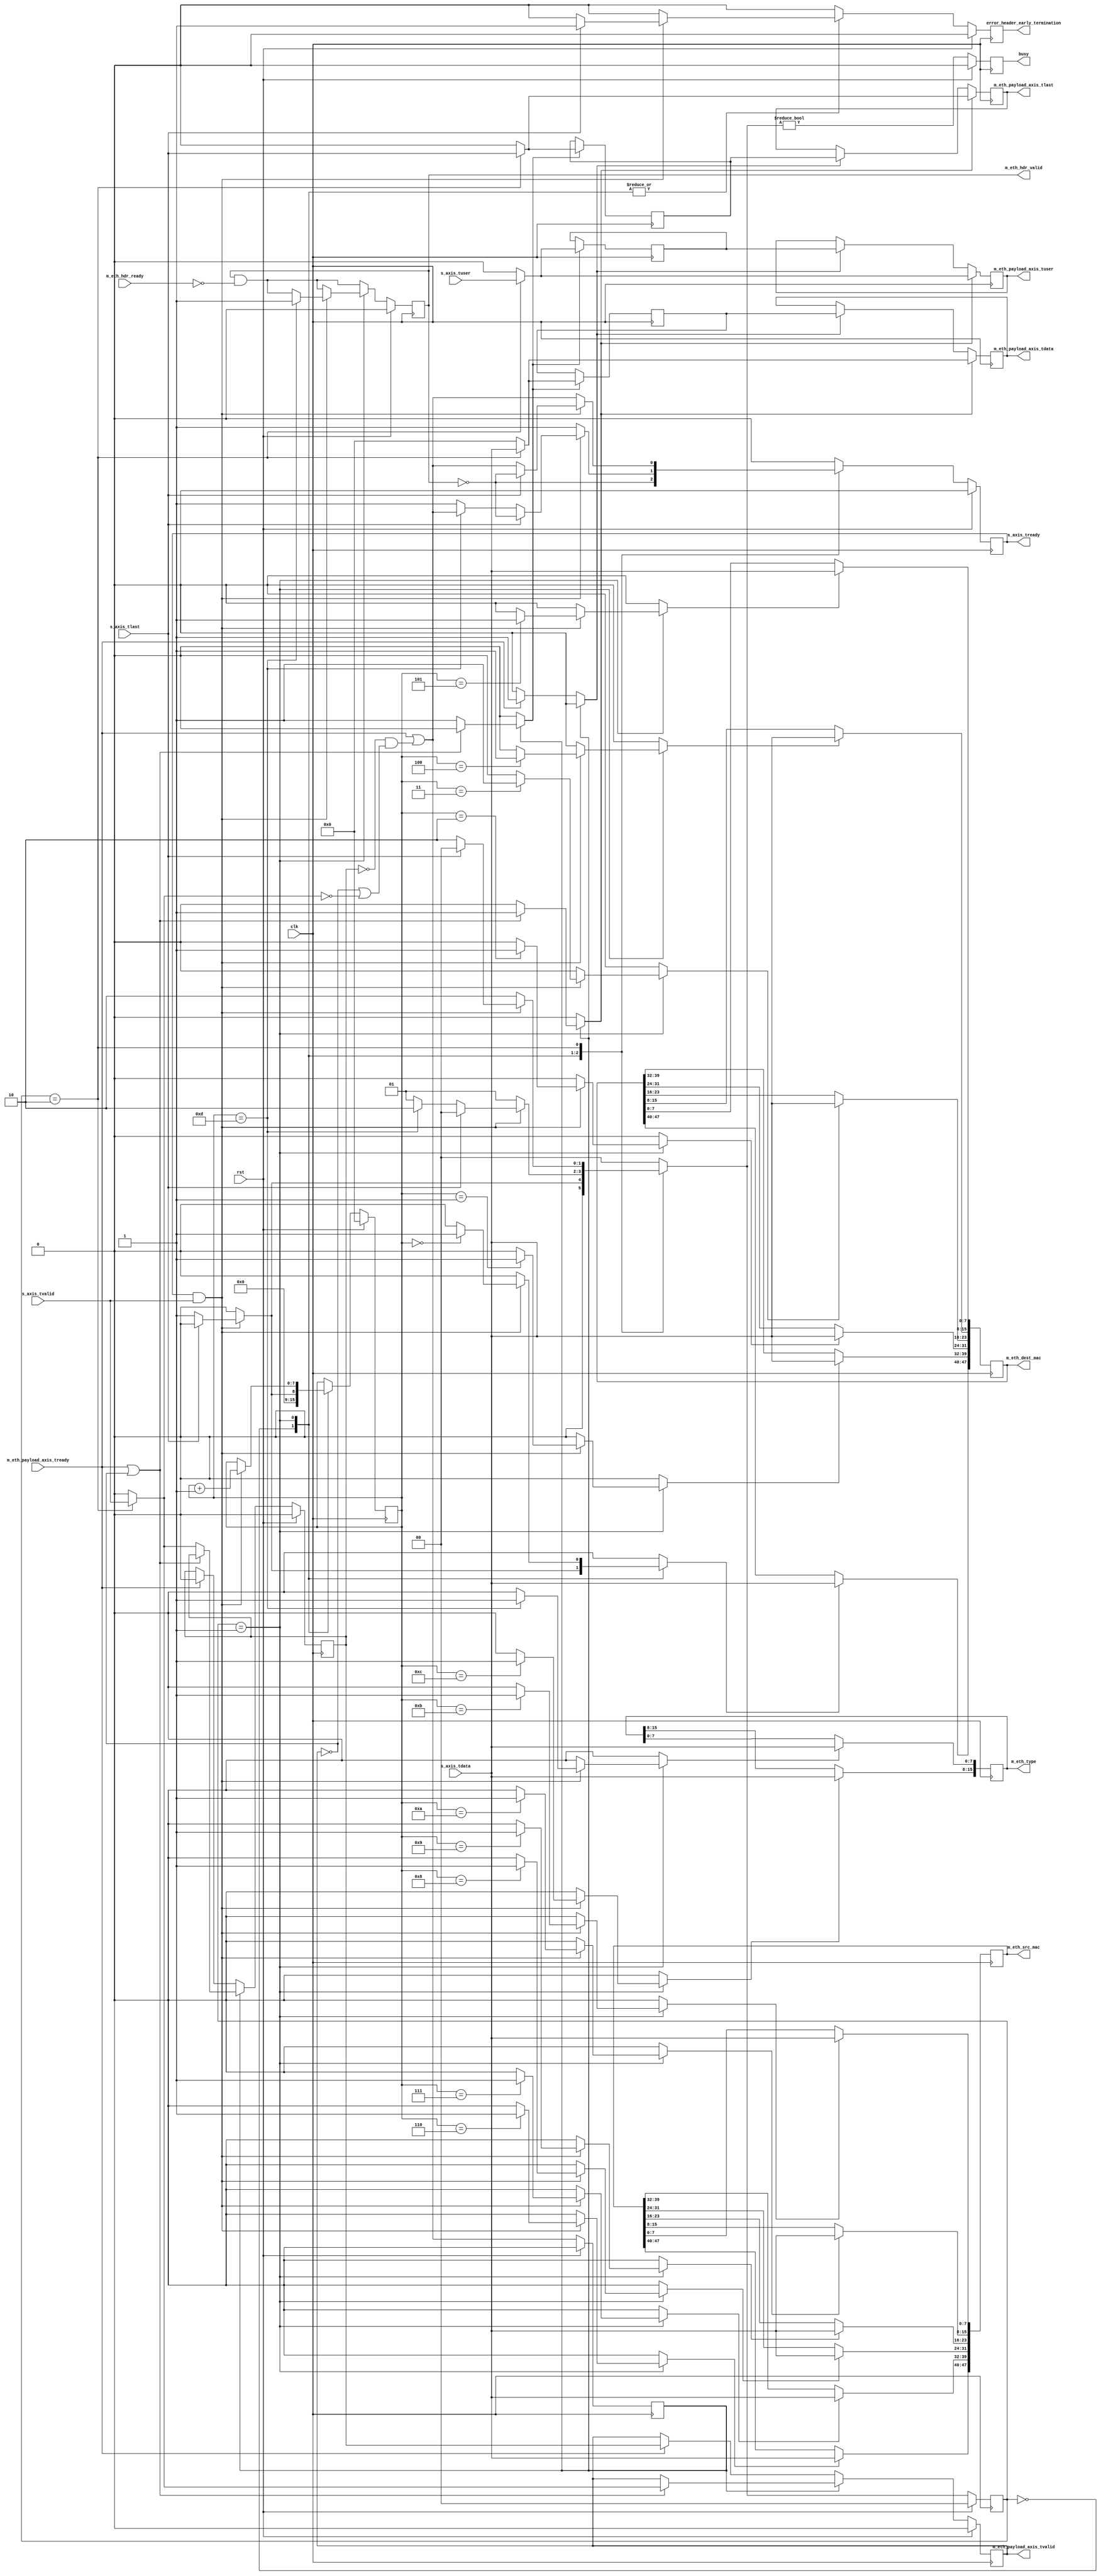
/*

Copyright (c) 2014-2018 Alex Forencich

Permission is hereby granted, free of charge, to any person obtaining a copy
of this software and associated documentation files (the "Software"), to deal
in the Software without restriction, including without limitation the rights
to use, copy, modify, merge, publish, distribute, sublicense, and/or sell
copies of the Software, and to permit persons to whom the Software is
furnished to do so, subject to the following conditions:

The above copyright notice and this permission notice shall be included in
all copies or substantial portions of the Software.

THE SOFTWARE IS PROVIDED "AS IS", WITHOUT WARRANTY OF ANY KIND, EXPRESS OR
IMPLIED, INCLUDING BUT NOT LIMITED TO THE WARRANTIES OF MERCHANTABILITY
FITNESS FOR A PARTICULAR PURPOSE AND NONINFRINGEMENT. IN NO EVENT SHALL THE
AUTHORS OR COPYRIGHT HOLDERS BE LIABLE FOR ANY CLAIM, DAMAGES OR OTHER
LIABILITY, WHETHER IN AN ACTION OF CONTRACT, TORT OR OTHERWISE, ARISING FROM,
OUT OF OR IN CONNECTION WITH THE SOFTWARE OR THE USE OR OTHER DEALINGS IN
THE SOFTWARE.

*/

// Language: Verilog 2001

`timescale 1ns / 1ps

/*
 * AXI4-Stream ethernet frame receiver (AXI in, Ethernet frame out)
 */
module eth_axis_rx
(
    input  wire        clk,
    input  wire        rst,

    /*
     * AXI input
     */
    input  wire [7:0]  s_axis_tdata,
    input  wire        s_axis_tvalid,
    output wire        s_axis_tready,
    input  wire        s_axis_tlast,
    input  wire        s_axis_tuser,

    /*
     * Ethernet frame output
     */
    output wire        m_eth_hdr_valid,
    input  wire        m_eth_hdr_ready,
    output wire [47:0] m_eth_dest_mac,
    output wire [47:0] m_eth_src_mac,
    output wire [15:0] m_eth_type,
    output wire [7:0]  m_eth_payload_axis_tdata,
    output wire        m_eth_payload_axis_tvalid,
    input  wire        m_eth_payload_axis_tready,
    output wire        m_eth_payload_axis_tlast,
    output wire        m_eth_payload_axis_tuser,

    /*
     * Status signals
     */
    output wire        busy,
    output wire        error_header_early_termination
);

/*

Ethernet frame

 Field                       Length
 Destination MAC address     6 octets
 Source MAC address          6 octets
 Ethertype                   2 octets

This module receives an Ethernet frame on an AXI stream interface, decodes
and strips the headers, then produces the header fields in parallel along
with the payload in a separate AXI stream.

*/

localparam [1:0]
    STATE_IDLE = 2'd0,
    STATE_READ_HEADER = 2'd1,
    STATE_READ_PAYLOAD = 2'd2;

reg [1:0] state_reg = STATE_IDLE, state_next;

// datapath control signals
reg store_eth_dest_mac_0;
reg store_eth_dest_mac_1;
reg store_eth_dest_mac_2;
reg store_eth_dest_mac_3;
reg store_eth_dest_mac_4;
reg store_eth_dest_mac_5;
reg store_eth_src_mac_0;
reg store_eth_src_mac_1;
reg store_eth_src_mac_2;
reg store_eth_src_mac_3;
reg store_eth_src_mac_4;
reg store_eth_src_mac_5;
reg store_eth_type_0;
reg store_eth_type_1;

reg [7:0] frame_ptr_reg = 8'd0, frame_ptr_next;

reg s_axis_tready_reg = 1'b0, s_axis_tready_next;

reg m_eth_hdr_valid_reg = 1'b0, m_eth_hdr_valid_next;
reg [47:0] m_eth_dest_mac_reg = 48'd0;
reg [47:0] m_eth_src_mac_reg = 48'd0;
reg [15:0] m_eth_type_reg = 16'd0;

reg busy_reg = 1'b0;
reg error_header_early_termination_reg = 1'b0, error_header_early_termination_next;

// internal datapath
reg [7:0] m_eth_payload_axis_tdata_int;
reg       m_eth_payload_axis_tvalid_int;
reg       m_eth_payload_axis_tready_int_reg = 1'b0;
reg       m_eth_payload_axis_tlast_int;
reg       m_eth_payload_axis_tuser_int;
wire      m_eth_payload_axis_tready_int_early;

assign s_axis_tready = s_axis_tready_reg;

assign m_eth_hdr_valid = m_eth_hdr_valid_reg;
assign m_eth_dest_mac = m_eth_dest_mac_reg;
assign m_eth_src_mac = m_eth_src_mac_reg;
assign m_eth_type = m_eth_type_reg;

assign busy = busy_reg;
assign error_header_early_termination = error_header_early_termination_reg;

always @* begin
    state_next = STATE_IDLE;

    s_axis_tready_next = 1'b0;

    store_eth_dest_mac_0 = 1'b0;
    store_eth_dest_mac_1 = 1'b0;
    store_eth_dest_mac_2 = 1'b0;
    store_eth_dest_mac_3 = 1'b0;
    store_eth_dest_mac_4 = 1'b0;
    store_eth_dest_mac_5 = 1'b0;
    store_eth_src_mac_0 = 1'b0;
    store_eth_src_mac_1 = 1'b0;
    store_eth_src_mac_2 = 1'b0;
    store_eth_src_mac_3 = 1'b0;
    store_eth_src_mac_4 = 1'b0;
    store_eth_src_mac_5 = 1'b0;
    store_eth_type_0 = 1'b0;
    store_eth_type_1 = 1'b0;

    frame_ptr_next = frame_ptr_reg;

    m_eth_hdr_valid_next = m_eth_hdr_valid_reg && !m_eth_hdr_ready;

    error_header_early_termination_next = 1'b0;

    m_eth_payload_axis_tdata_int = 8'd0;
    m_eth_payload_axis_tvalid_int = 1'b0;
    m_eth_payload_axis_tlast_int = 1'b0;
    m_eth_payload_axis_tuser_int = 1'b0;

    case (state_reg)
        STATE_IDLE: begin
            // idle state - wait for data
            frame_ptr_next = 8'd0;
            s_axis_tready_next = !m_eth_hdr_valid_reg;

            if (s_axis_tready && s_axis_tvalid) begin
                // got first word of packet
                if (s_axis_tlast) begin
                    // tlast asserted on first word
                    error_header_early_termination_next = 1'b1;
                    state_next = STATE_IDLE;
                end else begin
                    // move to read header state
                    frame_ptr_next = 1'b1;
                    store_eth_dest_mac_5 = 1'b1;
                    state_next = STATE_READ_HEADER;
                end
            end else begin
                state_next = STATE_IDLE;
            end
        end
        STATE_READ_HEADER: begin
            // read header
            s_axis_tready_next = 1'b1;

            if (s_axis_tready && s_axis_tvalid) begin
                // word transfer in - store it
                frame_ptr_next = frame_ptr_reg + 8'd1;
                state_next = STATE_READ_HEADER;
                case (frame_ptr_reg)
                    8'h00: store_eth_dest_mac_5 = 1'b1;
                    8'h01: store_eth_dest_mac_4 = 1'b1;
                    8'h02: store_eth_dest_mac_3 = 1'b1;
                    8'h03: store_eth_dest_mac_2 = 1'b1;
                    8'h04: store_eth_dest_mac_1 = 1'b1;
                    8'h05: store_eth_dest_mac_0 = 1'b1;
                    8'h06: store_eth_src_mac_5 = 1'b1;
                    8'h07: store_eth_src_mac_4 = 1'b1;
                    8'h08: store_eth_src_mac_3 = 1'b1;
                    8'h09: store_eth_src_mac_2 = 1'b1;
                    8'h0A: store_eth_src_mac_1 = 1'b1;
                    8'h0B: store_eth_src_mac_0 = 1'b1;
                    8'h0C: store_eth_type_1 = 1'b1;
                    8'h0D: begin
                        store_eth_type_0 = 1'b1;
                        m_eth_hdr_valid_next = 1'b1;
                        s_axis_tready_next = m_eth_payload_axis_tready_int_early;
                        state_next = STATE_READ_PAYLOAD;
                    end
                endcase
                if (s_axis_tlast) begin
                    error_header_early_termination_next = 1'b1;
                    s_axis_tready_next = !m_eth_hdr_valid_reg;
                    state_next = STATE_IDLE;
                end
            end else begin
                state_next = STATE_READ_HEADER;
            end
        end
        STATE_READ_PAYLOAD: begin
            // read payload
            s_axis_tready_next = m_eth_payload_axis_tready_int_early;

            m_eth_payload_axis_tdata_int = s_axis_tdata;
            m_eth_payload_axis_tvalid_int = s_axis_tvalid;
            m_eth_payload_axis_tlast_int = s_axis_tlast;
            m_eth_payload_axis_tuser_int = s_axis_tuser;

            if (s_axis_tready && s_axis_tvalid) begin
                // word transfer through
                if (s_axis_tlast) begin
                    s_axis_tready_next = !m_eth_hdr_valid_reg;
                    state_next = STATE_IDLE;
                end else begin
                    state_next = STATE_READ_PAYLOAD;
                end
            end else begin
                state_next = STATE_READ_PAYLOAD;
            end
        end
    endcase
end

always @(posedge clk) begin
    if (rst) begin
        state_reg <= STATE_IDLE;
        frame_ptr_reg <= 8'd0;
        s_axis_tready_reg <= 1'b0;
        m_eth_hdr_valid_reg <= 1'b0;
        busy_reg <= 1'b0;
        error_header_early_termination_reg <= 1'b0;
    end else begin
        state_reg <= state_next;

        frame_ptr_reg <= frame_ptr_next;

        s_axis_tready_reg <= s_axis_tready_next;

        m_eth_hdr_valid_reg <= m_eth_hdr_valid_next;

        error_header_early_termination_reg <= error_header_early_termination_next;

        busy_reg <= state_next != STATE_IDLE;
    end

    // datapath
    if (store_eth_dest_mac_0) m_eth_dest_mac_reg[ 7: 0] <= s_axis_tdata;
    if (store_eth_dest_mac_1) m_eth_dest_mac_reg[15: 8] <= s_axis_tdata;
    if (store_eth_dest_mac_2) m_eth_dest_mac_reg[23:16] <= s_axis_tdata;
    if (store_eth_dest_mac_3) m_eth_dest_mac_reg[31:24] <= s_axis_tdata;
    if (store_eth_dest_mac_4) m_eth_dest_mac_reg[39:32] <= s_axis_tdata;
    if (store_eth_dest_mac_5) m_eth_dest_mac_reg[47:40] <= s_axis_tdata;
    if (store_eth_src_mac_0) m_eth_src_mac_reg[ 7: 0] <= s_axis_tdata;
    if (store_eth_src_mac_1) m_eth_src_mac_reg[15: 8] <= s_axis_tdata;
    if (store_eth_src_mac_2) m_eth_src_mac_reg[23:16] <= s_axis_tdata;
    if (store_eth_src_mac_3) m_eth_src_mac_reg[31:24] <= s_axis_tdata;
    if (store_eth_src_mac_4) m_eth_src_mac_reg[39:32] <= s_axis_tdata;
    if (store_eth_src_mac_5) m_eth_src_mac_reg[47:40] <= s_axis_tdata;
    if (store_eth_type_0) m_eth_type_reg[ 7: 0] <= s_axis_tdata;
    if (store_eth_type_1) m_eth_type_reg[15: 8] <= s_axis_tdata;
end

// output datapath logic
reg [7:0] m_eth_payload_axis_tdata_reg = 8'd0;
reg       m_eth_payload_axis_tvalid_reg = 1'b0, m_eth_payload_axis_tvalid_next;
reg       m_eth_payload_axis_tlast_reg = 1'b0;
reg       m_eth_payload_axis_tuser_reg = 1'b0;

reg [7:0] temp_m_eth_payload_axis_tdata_reg = 8'd0;
reg       temp_m_eth_payload_axis_tvalid_reg = 1'b0, temp_m_eth_payload_axis_tvalid_next;
reg       temp_m_eth_payload_axis_tlast_reg = 1'b0;
reg       temp_m_eth_payload_axis_tuser_reg = 1'b0;

// datapath control
reg store_eth_payload_int_to_output;
reg store_eth_payload_int_to_temp;
reg store_eth_payload_axis_temp_to_output;

assign m_eth_payload_axis_tdata = m_eth_payload_axis_tdata_reg;
assign m_eth_payload_axis_tvalid = m_eth_payload_axis_tvalid_reg;
assign m_eth_payload_axis_tlast = m_eth_payload_axis_tlast_reg;
assign m_eth_payload_axis_tuser = m_eth_payload_axis_tuser_reg;

// enable ready input next cycle if output is ready or the temp reg will not be filled on the next cycle (output reg empty or no input)
assign m_eth_payload_axis_tready_int_early = m_eth_payload_axis_tready || (!temp_m_eth_payload_axis_tvalid_reg && (!m_eth_payload_axis_tvalid_reg || !m_eth_payload_axis_tvalid_int));

always @* begin
    // transfer sink ready state to source
    m_eth_payload_axis_tvalid_next = m_eth_payload_axis_tvalid_reg;
    temp_m_eth_payload_axis_tvalid_next = temp_m_eth_payload_axis_tvalid_reg;

    store_eth_payload_int_to_output = 1'b0;
    store_eth_payload_int_to_temp = 1'b0;
    store_eth_payload_axis_temp_to_output = 1'b0;
    
    if (m_eth_payload_axis_tready_int_reg) begin
        // input is ready
        if (m_eth_payload_axis_tready || !m_eth_payload_axis_tvalid_reg) begin
            // output is ready or currently not valid, transfer data to output
            m_eth_payload_axis_tvalid_next = m_eth_payload_axis_tvalid_int;
            store_eth_payload_int_to_output = 1'b1;
        end else begin
            // output is not ready, store input in temp
            temp_m_eth_payload_axis_tvalid_next = m_eth_payload_axis_tvalid_int;
            store_eth_payload_int_to_temp = 1'b1;
        end
    end else if (m_eth_payload_axis_tready) begin
        // input is not ready, but output is ready
        m_eth_payload_axis_tvalid_next = temp_m_eth_payload_axis_tvalid_reg;
        temp_m_eth_payload_axis_tvalid_next = 1'b0;
        store_eth_payload_axis_temp_to_output = 1'b1;
    end
end

always @(posedge clk) begin
    if (rst) begin
        m_eth_payload_axis_tvalid_reg <= 1'b0;
        m_eth_payload_axis_tready_int_reg <= 1'b0;
        temp_m_eth_payload_axis_tvalid_reg <= 1'b0;
    end else begin
        m_eth_payload_axis_tvalid_reg <= m_eth_payload_axis_tvalid_next;
        m_eth_payload_axis_tready_int_reg <= m_eth_payload_axis_tready_int_early;
        temp_m_eth_payload_axis_tvalid_reg <= temp_m_eth_payload_axis_tvalid_next;
    end

    // datapath
    if (store_eth_payload_int_to_output) begin
        m_eth_payload_axis_tdata_reg <= m_eth_payload_axis_tdata_int;
        m_eth_payload_axis_tlast_reg <= m_eth_payload_axis_tlast_int;
        m_eth_payload_axis_tuser_reg <= m_eth_payload_axis_tuser_int;
    end else if (store_eth_payload_axis_temp_to_output) begin
        m_eth_payload_axis_tdata_reg <= temp_m_eth_payload_axis_tdata_reg;
        m_eth_payload_axis_tlast_reg <= temp_m_eth_payload_axis_tlast_reg;
        m_eth_payload_axis_tuser_reg <= temp_m_eth_payload_axis_tuser_reg;
    end

    if (store_eth_payload_int_to_temp) begin
        temp_m_eth_payload_axis_tdata_reg <= m_eth_payload_axis_tdata_int;
        temp_m_eth_payload_axis_tlast_reg <= m_eth_payload_axis_tlast_int;
        temp_m_eth_payload_axis_tuser_reg <= m_eth_payload_axis_tuser_int;
    end
end

endmodule